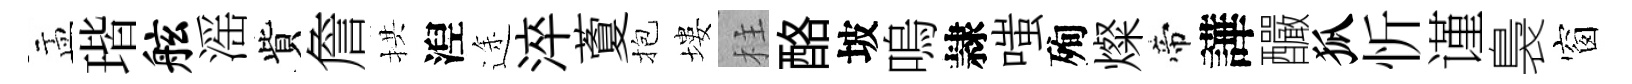
盂瑎舷滛貲詹拱湼途淬藑抱塿柱酪坡嗚隷嗤殉燦帝譁釅狐忻谨裊窗